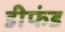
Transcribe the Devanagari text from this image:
डीफंड